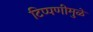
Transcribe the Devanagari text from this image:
टिप्पणीमुळे